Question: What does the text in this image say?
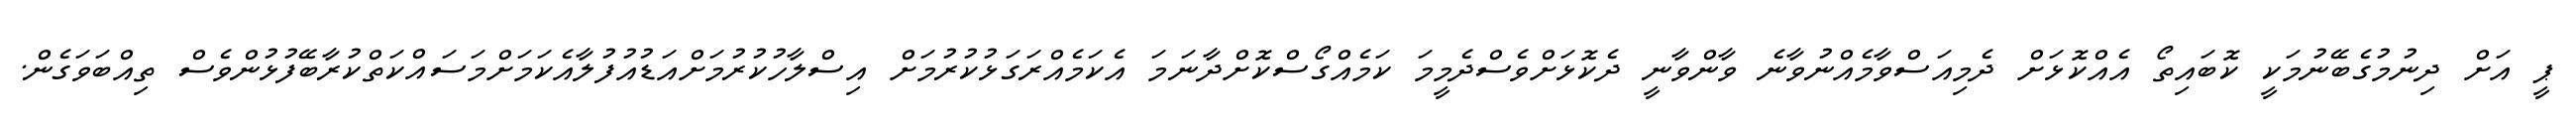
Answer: ޕީ އަށް ދިނުމުގެބޭނުމަކީ ކޮބައިތޯ އެއްކޮޅަށް ދެމިއަސްވާމެއްނުވާނެ ވާންވާނީ ދެކޮޅަށްވެސްދެމީމަ ކަމެއްގޯސްކޮށްދާނަމަ އެކަމެއްރަގަޅުކުރުމަށް އިސްލާހުކުރުމަށްއަޑުއުފުލާއެކަމަށްމަސައްކަތްކުރާބޭފުޅުންވެސް ތިއްބަވަގެން.